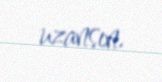
uzansın.